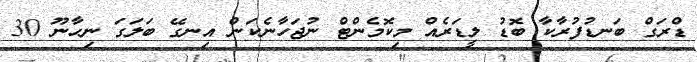
ޑްރަގް ބަނޑުފުރާކާ ބޮޑު ލީޑަރެއް މިކޮމެންޓް ނުޖަހާނެކަން އިނގޭ ބަލަގަ ނިހާނޫ 30